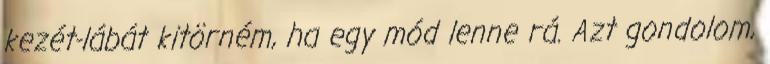
kezét-lábát kitörném, ha egy mód lenne rá. Azt gondolom,